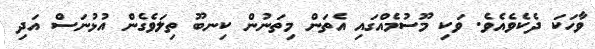
ވާހަކަ ދެކެވެއެވެ. ވަކި މޫސުމެއްގައި އެތަން މިތަނުން ކިނބޫ ތިލަވެގެން އުޅުނަސް އަދި